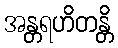
အန္တရဟိတန္တိ